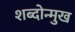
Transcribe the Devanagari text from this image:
शब्दोन्मुख